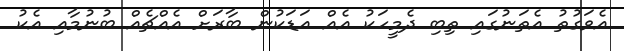
އެވަގުތު އެތަނުގައި ތިބި ދެމީހަކު އެއް އަޑަކުން ބާރަށް އެއްޗެއް ބުނުމާއި އެކު